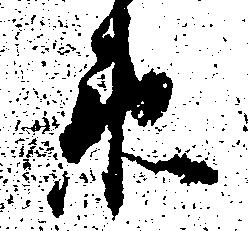
衛